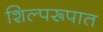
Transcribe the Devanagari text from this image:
शिल्परूपात